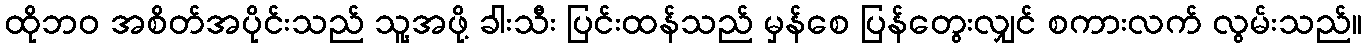
ထိုဘဝ အစိတ်အပိုင်းသည် သူ့အဖို့ ခါးသီး ပြင်းထန်သည် မှန်စေ ပြန်တွေးလျှင် စကားလက် လွမ်းသည်။